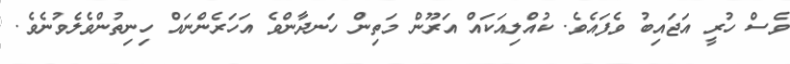
ވެސް ހުރީ އަޖައިބު ވެފައެވެ. ކުއްލިއަކައް އަރޫން މަތިން ހަނދާންވެ އަހަރެންނައް ހިނިތުންވެލެވުނެވެ.